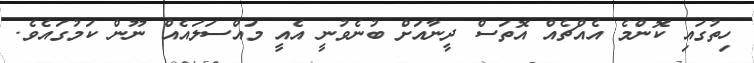
ހިތުގައި ކޮންމެ އެއްޗެއް އޮތަސް ދީނާއަށް ބުނެވުނީ އެއީ މައްސަލައެއް ނޫން ކަމުގައެވެ.